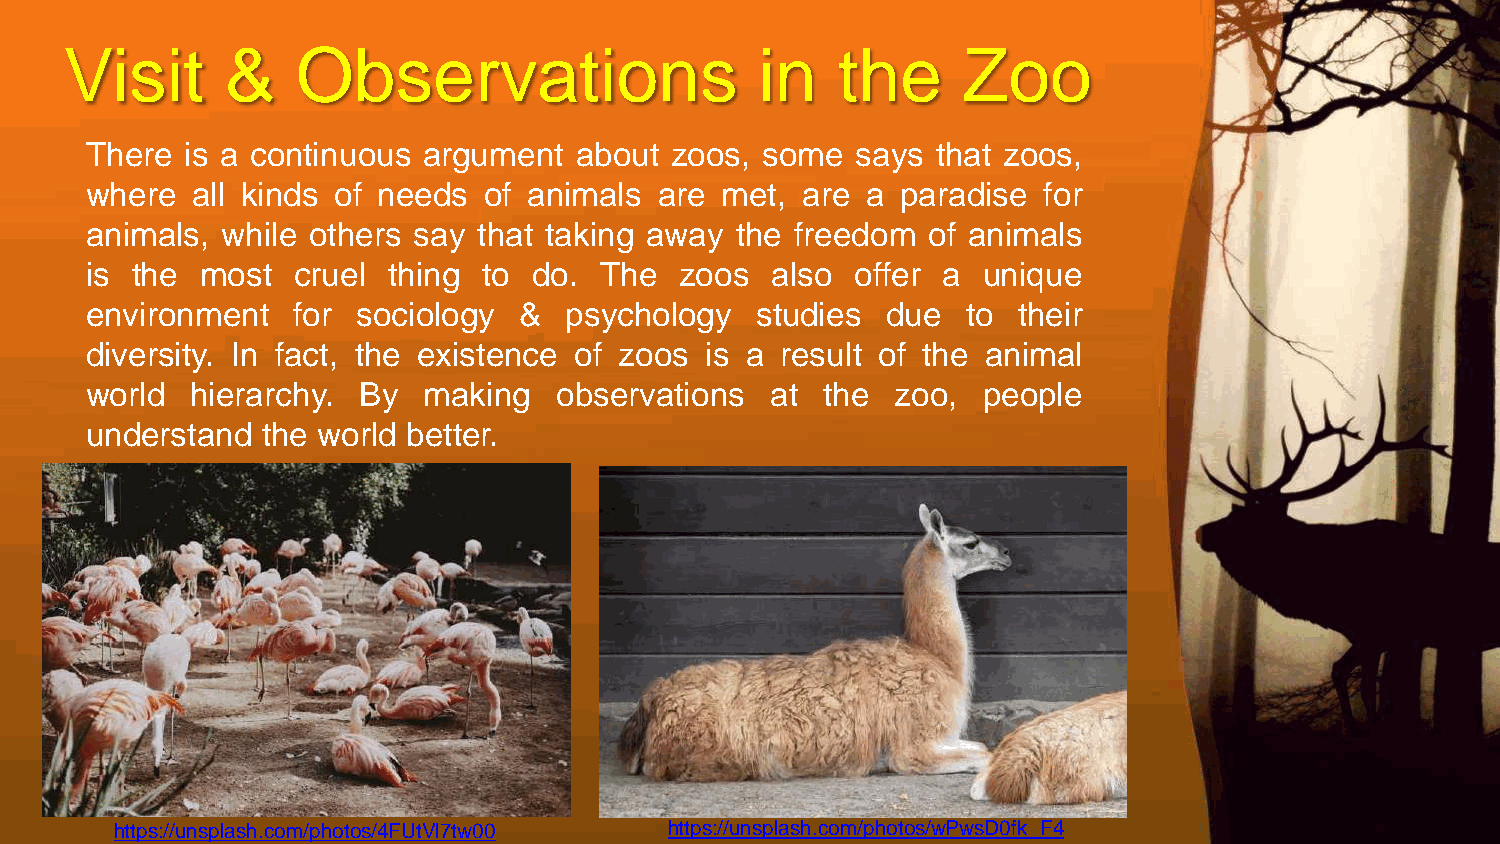
Visit      &    Observations                  in   the      Zoo
 There is a continuous argument  about zoos, some   says that zoos,
 where  all kinds of needs of animals  are met, are a  paradise for
 animals, while others say that taking away the freedom of animals
 is the most  cruel  thing to do.  The  zoos  also  offer a unique
 environment  for  sociology &  psychology   studies  due  to their
 diversity. In fact, the existence of zoos is a result of the animal
 world  hierarchy. By  making   observations  at the  zoo,  people
 understand the world better.
 https://unsplash.com/photos/4FUtVl7tw00 https://unsplash.com/photos/wPwsD0fk_F4